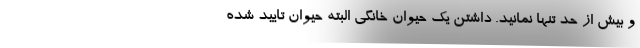
و بیش از حد تنها نمانید. داشتن یک حیوان خانگی البته حیوان تایید شده